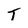
Character: T